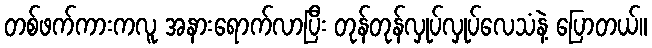
တစ်ဖက်ကားကလူ အနားရောက်လာပြီး တုန်တုန်လှုပ်လှုပ်လေသံနဲ့ ပြောတယ်။